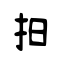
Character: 抇